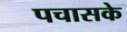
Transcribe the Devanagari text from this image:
पचासके